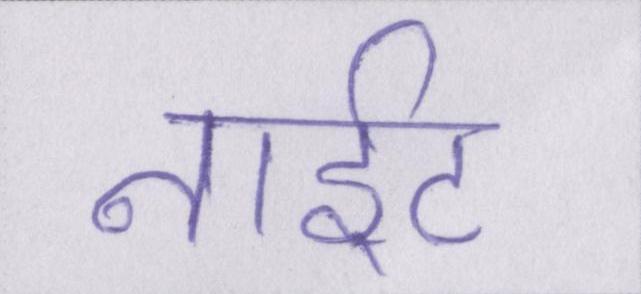
नाईट